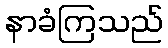
နာခံကြသည်